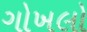
ગોખલો